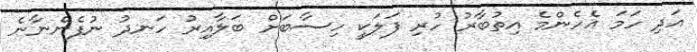
އަދި ހަމަ އެހެންމެ އިތުބާރު ހުރި ފަލަކީ ހިސާބަށް ބަލާއިރު ހަނދު ނުފެންނާނެ